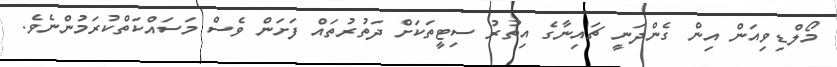
މޯލްޑިވިއަން އިން ގެންދަނީ ޗައިނާގެ އިތުރު ސިޓީތަކަށް ދަތުރުތައް ފަށަން ވެސް މަސައްކަތްކުރަމުންނެވެ.